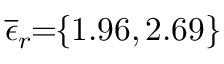
\! \! \! \! \! \! \! \! \! \! \! \! \! \! \! \! \! \overline { { \epsilon } } _ { r } \! \! = \! \! \{ 1 . 9 6 , 2 . 6 9 \} \! \! \!